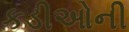
કડીઓની